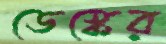
ডেস্কের